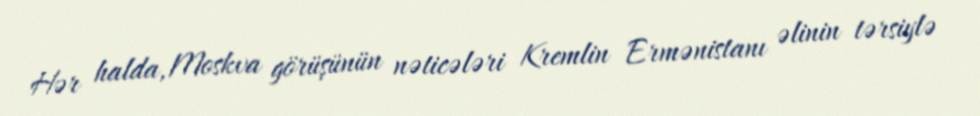
Hər halda, Moskva görüşünün nəticələri Kremlin Ermənistanı əlinin tərsiylə